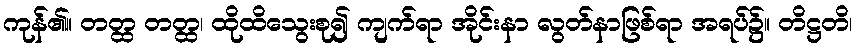
ကုန်၏။ တတ္ထ တတ္ထ၊ ထိုထိသွေးစု၍ ကျက်ရာ အိုင်းနာ လွတ်နာဖြစ်ရာ အရပ်၌။ တိဋ္ဌတိ၊